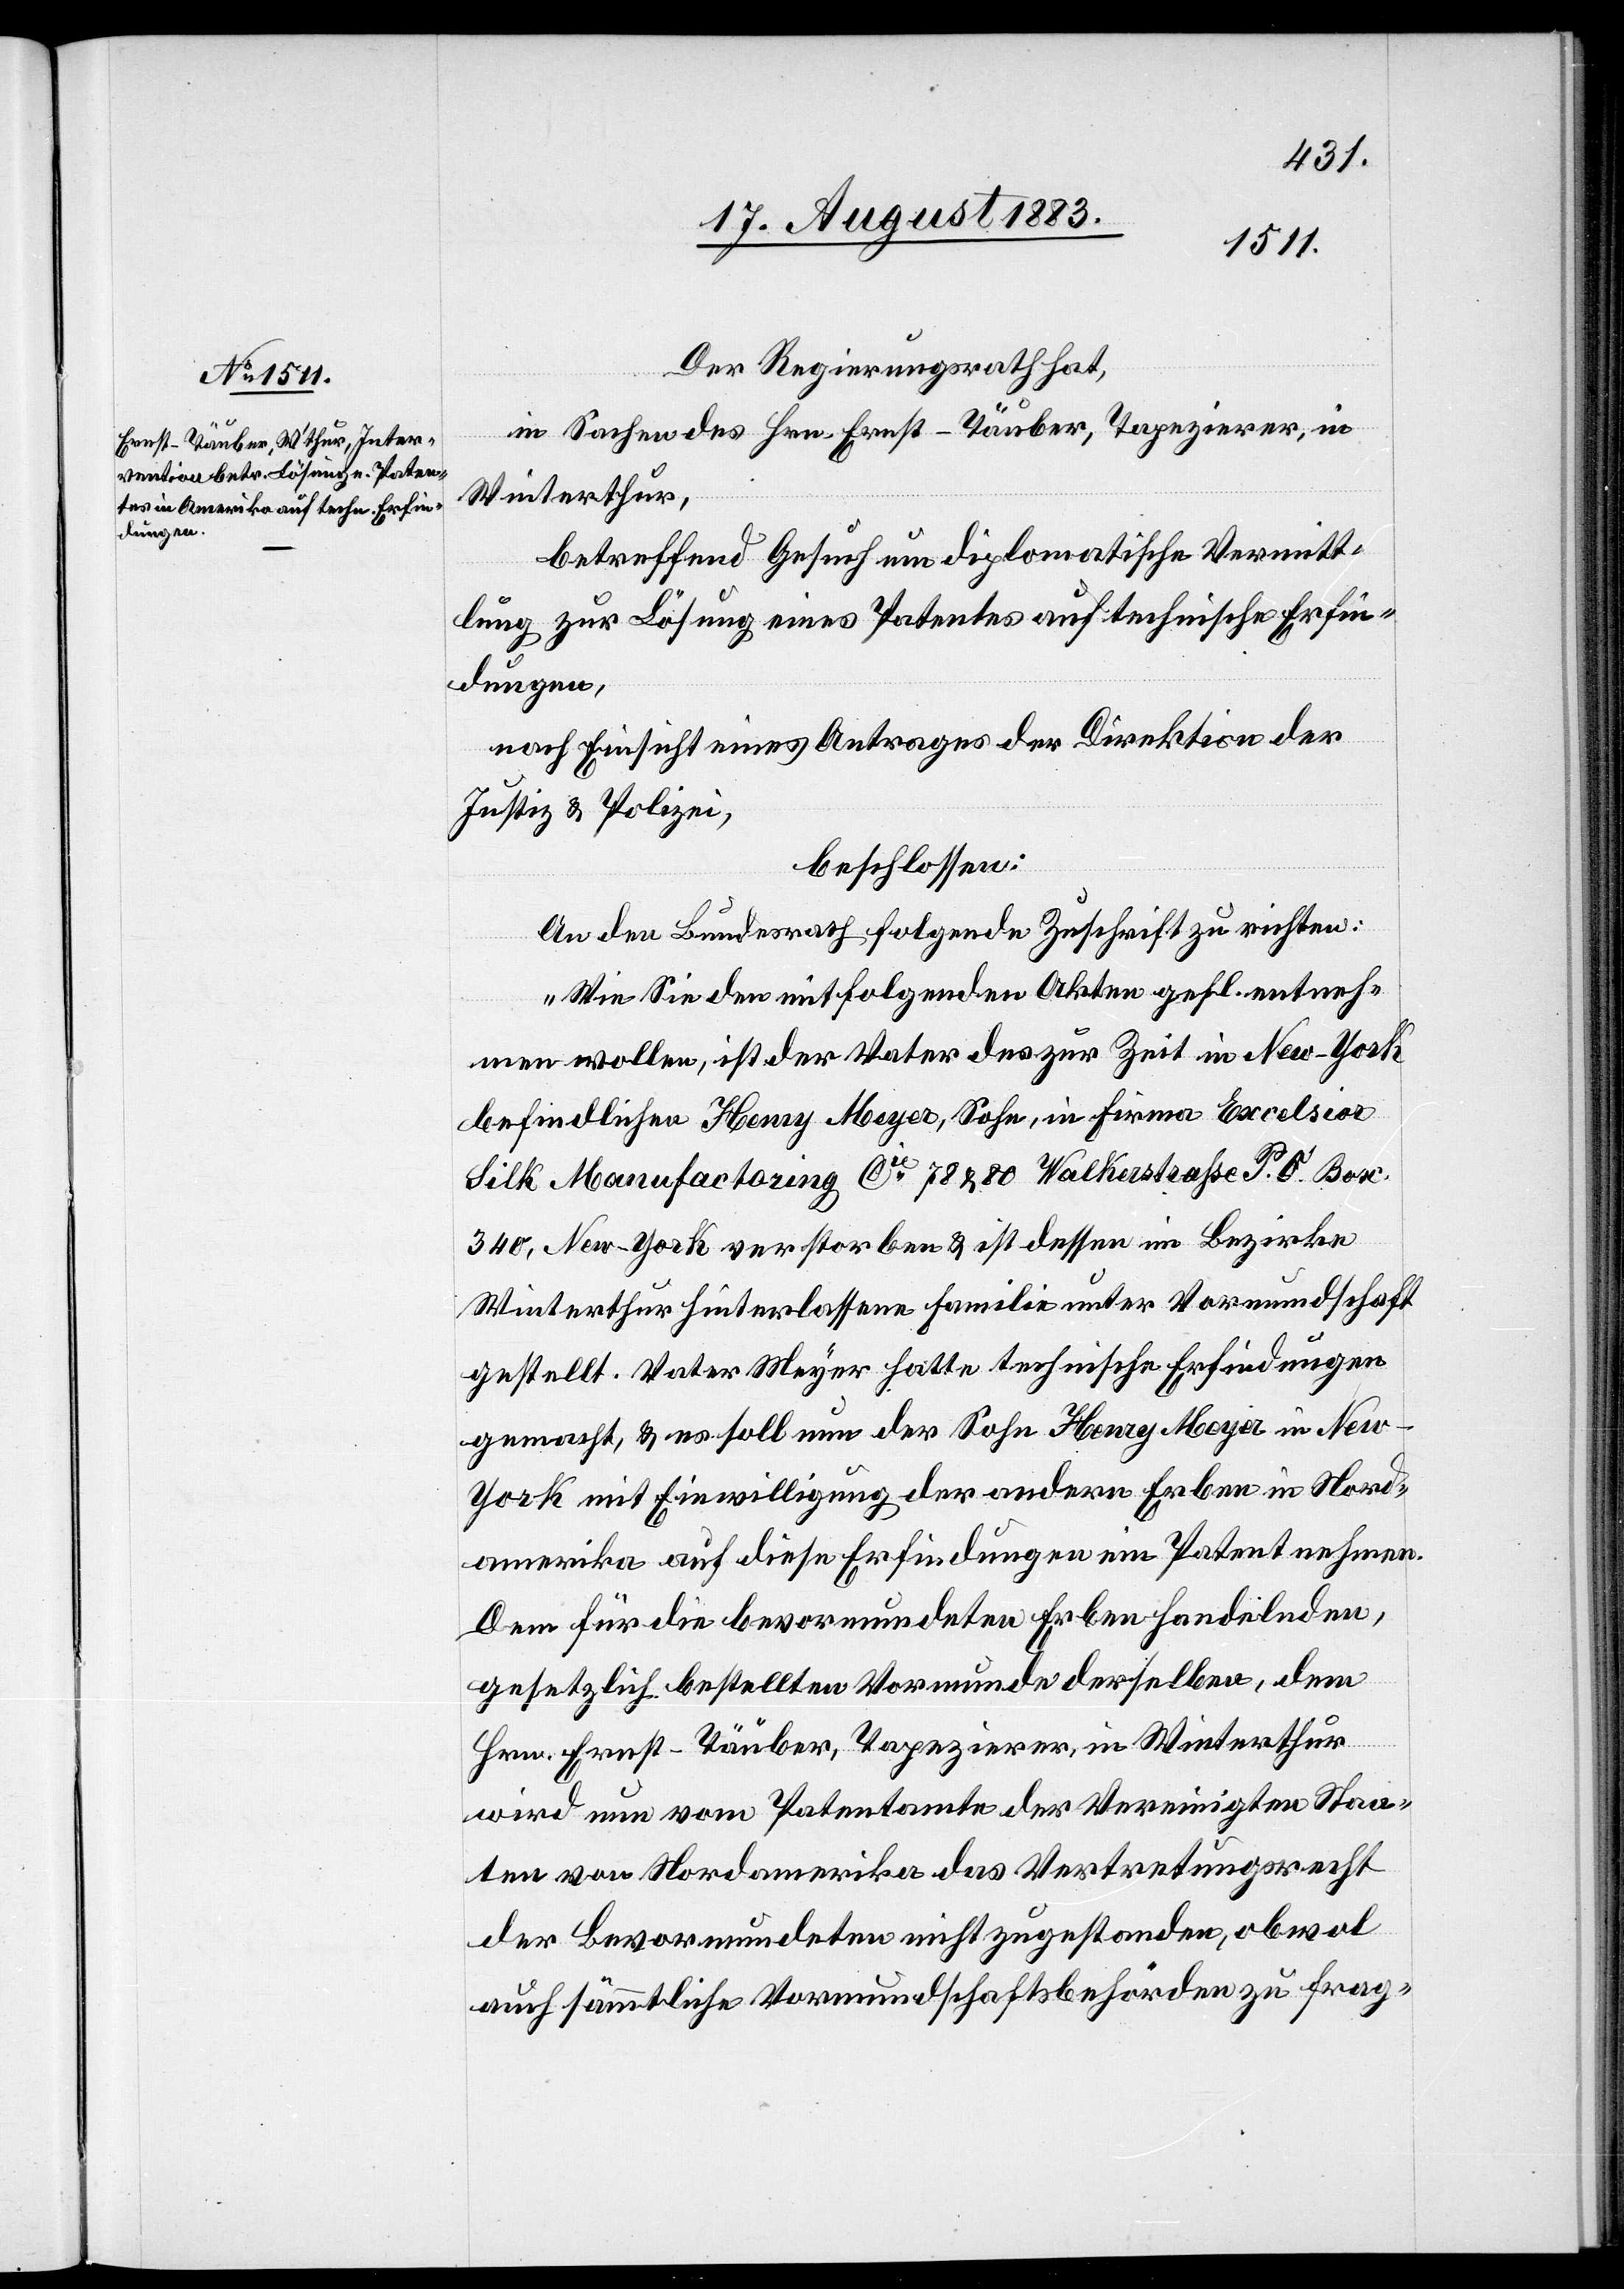
Der Regierungsrath hat,
in Sachen des Hrn. Ernst-Träuber, Tapezirer, in
Winterthur,
betreffend Gesuch um diplomatische Vermitt¬
lung zur Lösung eines Patentes auf technische Erfin¬
dungen,
nach Einsicht eines Antrages der Direktion der
Justiz & Polizei,
beschlossen:
An den Bundesrath folgende Zuschrift zu richten:
„Wie Sie den mitfolgenden Akten gefl. entneh¬
men wollen, ist der Vater des zur Zeit in New-York
befindlichen Henry Meyer, Sohn, in Firma Excelsior
Silk Manufactoring Cie 78 & 80 Walkerstraße P. O. Box
340, New-York verstorben & ist dessen im Bezirke
Winterthur hinterlassene Familie unter Vormundschaft
gestellt. Vater Meyer hatte technische Erfindungen
gemacht, & es soll nun der Sohn Henry Meyer in Ne¬
w-York mit Einwilligung der andern Erben in Nord¬
amerika auf diese Erfindungen ein Patent nehmen.
Dem für die bevormundeten Erben handelnden,
gesetzlich bestellten Vormunde derselben, dem
Hrn. Ernst-Träuber, Tapezirer, in Winterthur
wird nun vom Patentamte der Vereinigten Staa¬
ten von Nordamerika das Vertretungsrecht
der Bevormundeten nicht zugestanden, obwol
auch sämmtliche Vormundschaftsbehörden zu frag-